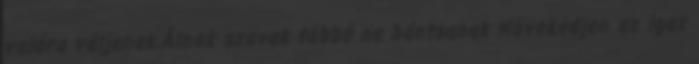
valóra váljanak,Álnok szavak többé ne bántsanak Növekedjen az igaz